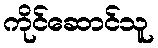
ကိုင်ဆောင်သူ